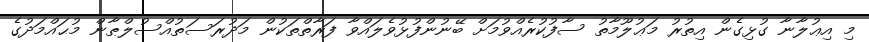
މި އިޢުލާނާ ގުޅިގެން އިތުރު މަޢުލޫމާތު ސާފުކުރެއްވުމަށް ބޭނުންފުޅުވެލައްވާ ފަރާތްތަކުން މަދުރަސަތުއްސުލްޠާން މުޙައްމަދުގެ